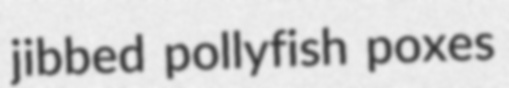
jibbed pollyfish poxes